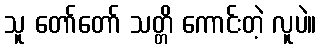
သူ တော်တော် သတ္တိ ကောင်းတဲ့ လူပဲ။